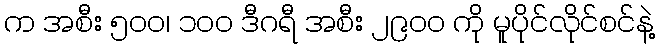
က အစီး ၅၀၀၊ ၁၀၀ ဒီဂရီ အစီး ၂၉၀၀ ကို မူပိုင်လိုင်စင်နဲ့